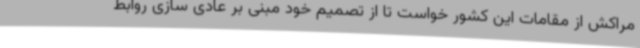
مراکش از مقامات این کشور خواست تا از تصمیم خود مبنی بر عادی سازی روابط